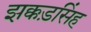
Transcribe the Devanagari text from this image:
झक्कड़सिंह